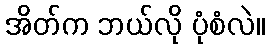
အိတ်က ဘယ်လို ပုံစံလဲ။